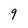
Character: 9